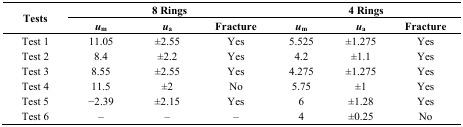
<table><thead><tr><td rowspan="2"><b>Tests</b></td><td colspan="3"><b>8 Rings</b></td><td colspan="3"><b>4 Rings</b></td></tr><tr><td><b><i>u</i><sub>m</sub></b></td><td><b><i>u</i><sub>a</sub></b></td><td><b>Fracture</b></td><td><b><i>u</i><sub>m</sub></b></td><td><b><i>u</i><sub>a</sub></b></td><td><b>Fracture</b></td></tr></thead><tbody><tr><td>Test 1</td><td>11.05</td><td>±2.55</td><td>Yes</td><td>5.525</td><td>±1.275</td><td>Yes</td></tr><tr><td>Test 2</td><td>8.4</td><td>±2.2</td><td>Yes</td><td>4.2</td><td>±1.1</td><td>Yes</td></tr><tr><td>Test 3</td><td>8.55</td><td>±2.55</td><td>Yes</td><td>4.275</td><td>±1.275</td><td>Yes</td></tr><tr><td>Test 4</td><td>11.5</td><td>±2</td><td>No</td><td>5.75</td><td>±1</td><td>Yes</td></tr><tr><td>Test 5</td><td>−2.39</td><td>±2.15</td><td>Yes</td><td>6</td><td>±1.28</td><td>Yes</td></tr><tr><td>Test 6</td><td>–</td><td>–</td><td>–</td><td>4</td><td>±0.25</td><td>No</td></tr></tbody></table>